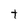
Character: t